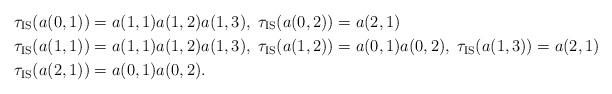
LaTeX: \begin{align*} \tau_{\rm IS}(a(0,1))&=a(1,1)a(1,2)a(1,3),\; \tau_{\rm IS}(a(0,2))=a(2,1) \\ \tau_{\rm IS}(a(1,1))&=a(1,1)a(1,2)a(1,3),\; \tau_{\rm IS}(a(1,2))=a(0,1)a(0,2),\;\tau_{\rm IS} (a(1,3))=a(2,1) \\ \tau_{\rm IS}(a(2,1))&= a(0,1)a(0,2).\end{align*}